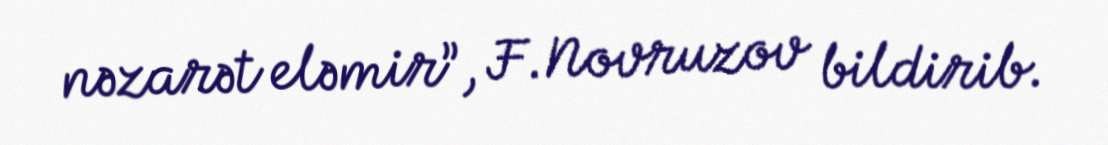
nəzarət eləmir”, F.Novruzov bildirib.